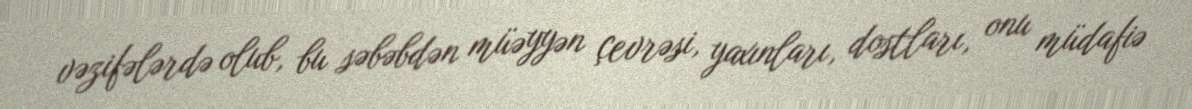
vəzifələrdə olub, bu səbəbdən müəyyən çevrəsi, yaxınları, dostları, onu müdafiə